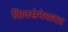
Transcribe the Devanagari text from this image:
शिवसेनेबाबत